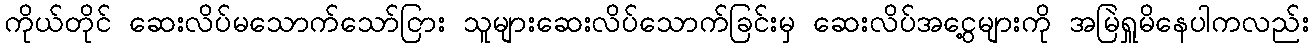
ကိုယ်တိုင် ဆေးလိပ်မသောက်သော်ငြား သူများဆေးလိပ်သောက်ခြင်းမှ ဆေးလိပ်အငွေ့များကို အမြဲရှူမိနေပါကလည်း